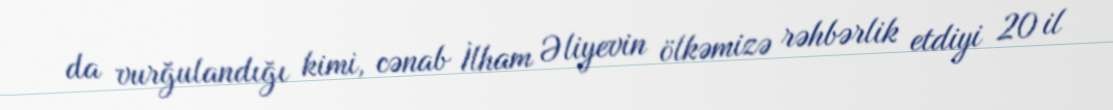
da vurğulandığı kimi, cənab İlham Əliyevin ölkəmizə rəhbərlik etdiyi 20 il